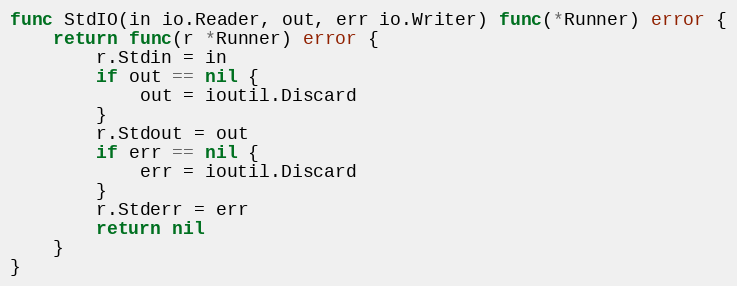
Language: Go
func StdIO(in io.Reader, out, err io.Writer) func(*Runner) error {
	return func(r *Runner) error {
		r.Stdin = in
		if out == nil {
			out = ioutil.Discard
		}
		r.Stdout = out
		if err == nil {
			err = ioutil.Discard
		}
		r.Stderr = err
		return nil
	}
}